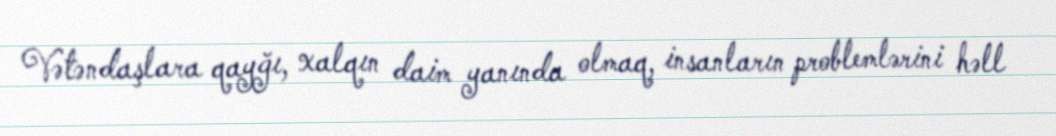
Vətəndaşlara qayğı, xalqın daim yanında olmaq, insanların problemlərini həll